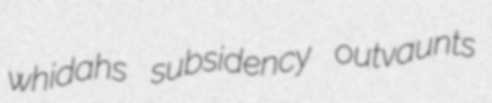
whidahs subsidency outvaunts